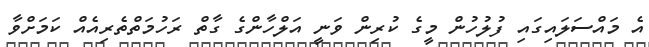
އެ މައްސަލައިގައި ފުލުހުން މީގެ ކުރިން ވަނީ އަލްހާންގެ ގާތް ރަހުމަތްތެރިއެއް ކަމަށްވާ